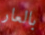
بالعار